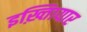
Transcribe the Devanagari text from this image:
इख़्तिायार